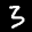
Label: 3